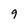
Character: 9